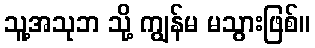
သူ့အသုဘ သို့ ကျွန်မ မသွားဖြစ်။